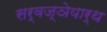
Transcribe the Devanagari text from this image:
सर्वज्ञेयार्थ